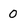
Character: 0